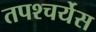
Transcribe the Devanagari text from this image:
तपश्चर्येस